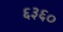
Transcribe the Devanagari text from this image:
६३६०